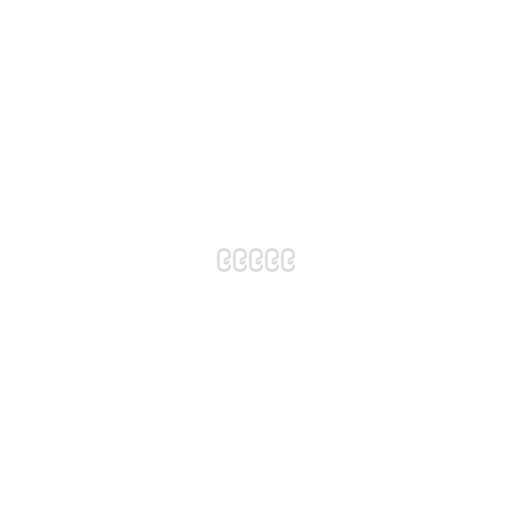
၉၉၉၉၉